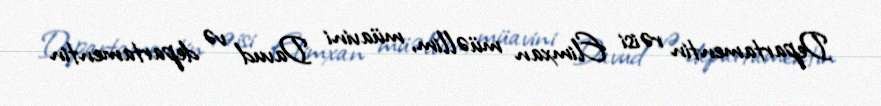
Departamentin rəisi Elimxan müəllim, müavini Davud və departamentin